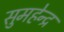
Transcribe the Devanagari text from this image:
सुमहेन्द्र